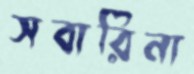
সবারিনা